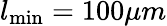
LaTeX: l_{\operatorname*{min}}=100\mu m